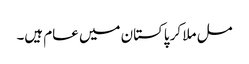
مل ملا کر پاکستان میں عام ہیں۔